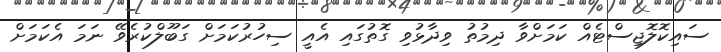
ސައިކޮލޮޖިސްޓެއް ކަމަށްވާ ދިމުތު ވިދާޅުވި ގޮތުގައި އެއީ ސިހުރުކަމަށް ގަބޫލްކުރެވޭ ނަމަ އެކަމަށް